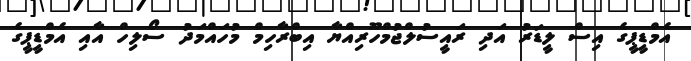
އެމްޑީޕީގެ އިސް ލީޑަރު އަދި ރައީސުލްޖުމްހޫރިއްޔާ އިބްރާހިމް މުހައްމަދު ސޯލިހް އާއި އެމްޑީޕީގެ